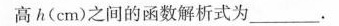
高h(cm)之间的函数解析式为___.